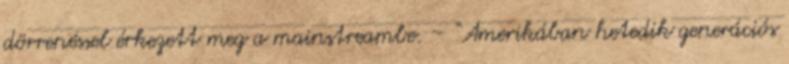
dörrenéssel érkezett meg a mainstreambe. – “Amerikában hetedik generációs